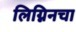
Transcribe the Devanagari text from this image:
लिग्निनचा